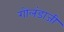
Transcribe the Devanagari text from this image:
गोलंडाजी